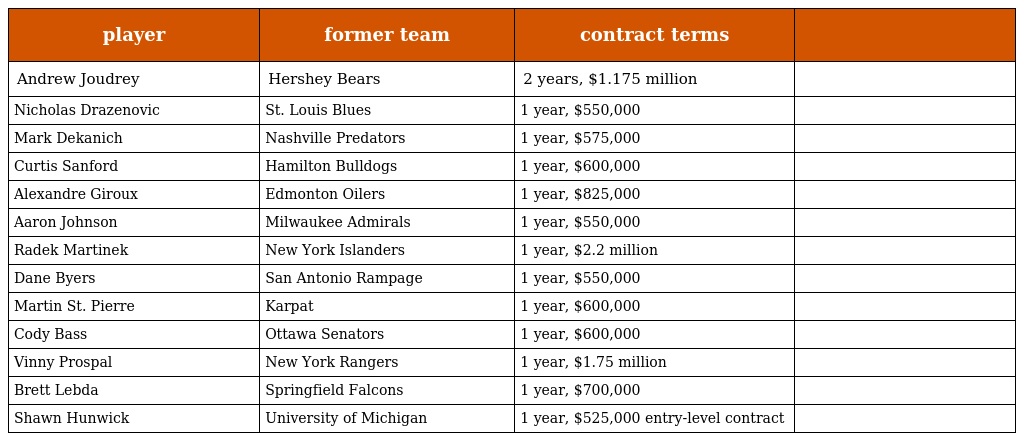
| player | former team | contract terms |  |
 | --- | --- | --- | --- |
 | Andrew Joudrey | Hershey Bears | 2 years, $1.175 million |  |
 | Nicholas Drazenovic | St. Louis Blues | 1 year, $550,000 |  |
 | Mark Dekanich | Nashville Predators | 1 year, $575,000 |  |
 | Curtis Sanford | Hamilton Bulldogs | 1 year, $600,000 |  |
 | Alexandre Giroux | Edmonton Oilers | 1 year, $825,000 |  |
 | Aaron Johnson | Milwaukee Admirals | 1 year, $550,000 |  |
 | Radek Martinek | New York Islanders | 1 year, $2.2 million |  |
 | Dane Byers | San Antonio Rampage | 1 year, $550,000 |  |
 | Martin St. Pierre | Karpat | 1 year, $600,000 |  |
 | Cody Bass | Ottawa Senators | 1 year, $600,000 |  |
 | Vinny Prospal | New York Rangers | 1 year, $1.75 million |  |
 | Brett Lebda | Springfield Falcons | 1 year, $700,000 |  |
 | Shawn Hunwick | University of Michigan | 1 year, $525,000 entry-level contract |  |